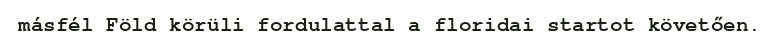
másfél Föld körüli fordulattal a floridai startot követően.